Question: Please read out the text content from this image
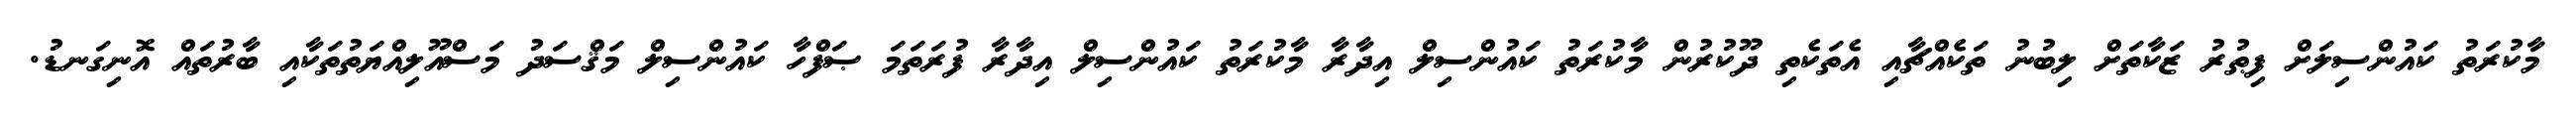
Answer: މާކުރަތު ކައުންސިލަށް ފިޠުރު ޒަކާތަށް ލިބުނު ތަކެއްޗާއި އެތަކެތި ދޫކުރުން މާކުރަތު ކައުންސިލް އިދާރާ މާކުރަތު ކައުންސިލް އިދާރާ ފުރަތަމަ ޞަފްހާ ކައުންސިލް މަޤްސަދު މަސްއޫލިއްޔަތުތަކާއި ބާރުތައް އޮނިގަނޑު.